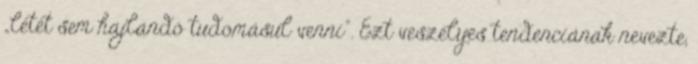
„létét sem hajlandó tudomásul venni”. Ezt veszélyes tendenciának nevezte,